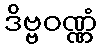
ဒိဗ္ဗဝဏ္ဏံ